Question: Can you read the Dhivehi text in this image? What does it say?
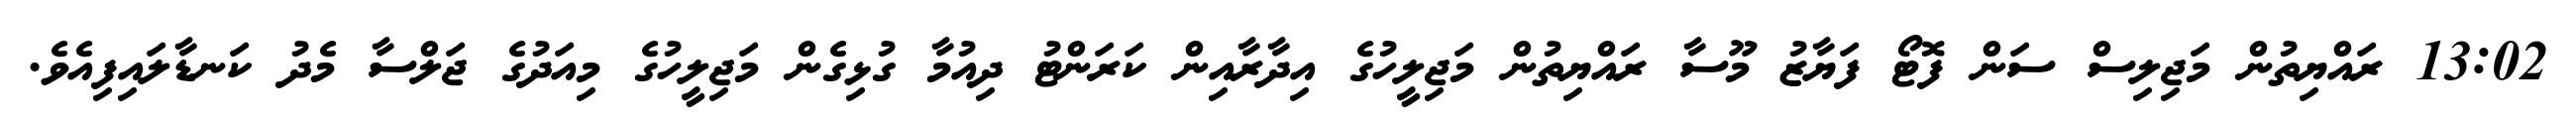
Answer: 13:02 ރައްޔިތުން މަޖިލިސް ސަން ފޮޓޯ ފަޔާޒު މޫސާ ރައްޔިތުން މަޖިލީހުގެ އިދާރާއިން ކަރަންޓު ދިއުމާ ގުޅިގެން މަޖިލީހުގެ މިއަދުގެ ޖަލްސާ މެދު ކަނޑާލައިފިއެވެ.